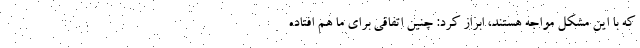
که با این مشکل مواجه هستند، ابراز کرد: چنین اتفاقی برای ما هم افتاده